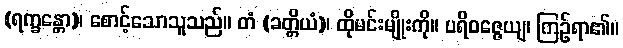
(ရက္ခန္တော)၊ စောင့်သောသူသည်။ တံ (ခတ္တိယံ)၊ ထိုမင်းမျိုးကို။ ပရိဝဇ္ဇေယျ၊ ကြဉ်ရာ၏။